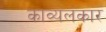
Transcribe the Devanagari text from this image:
काव्यलंकार